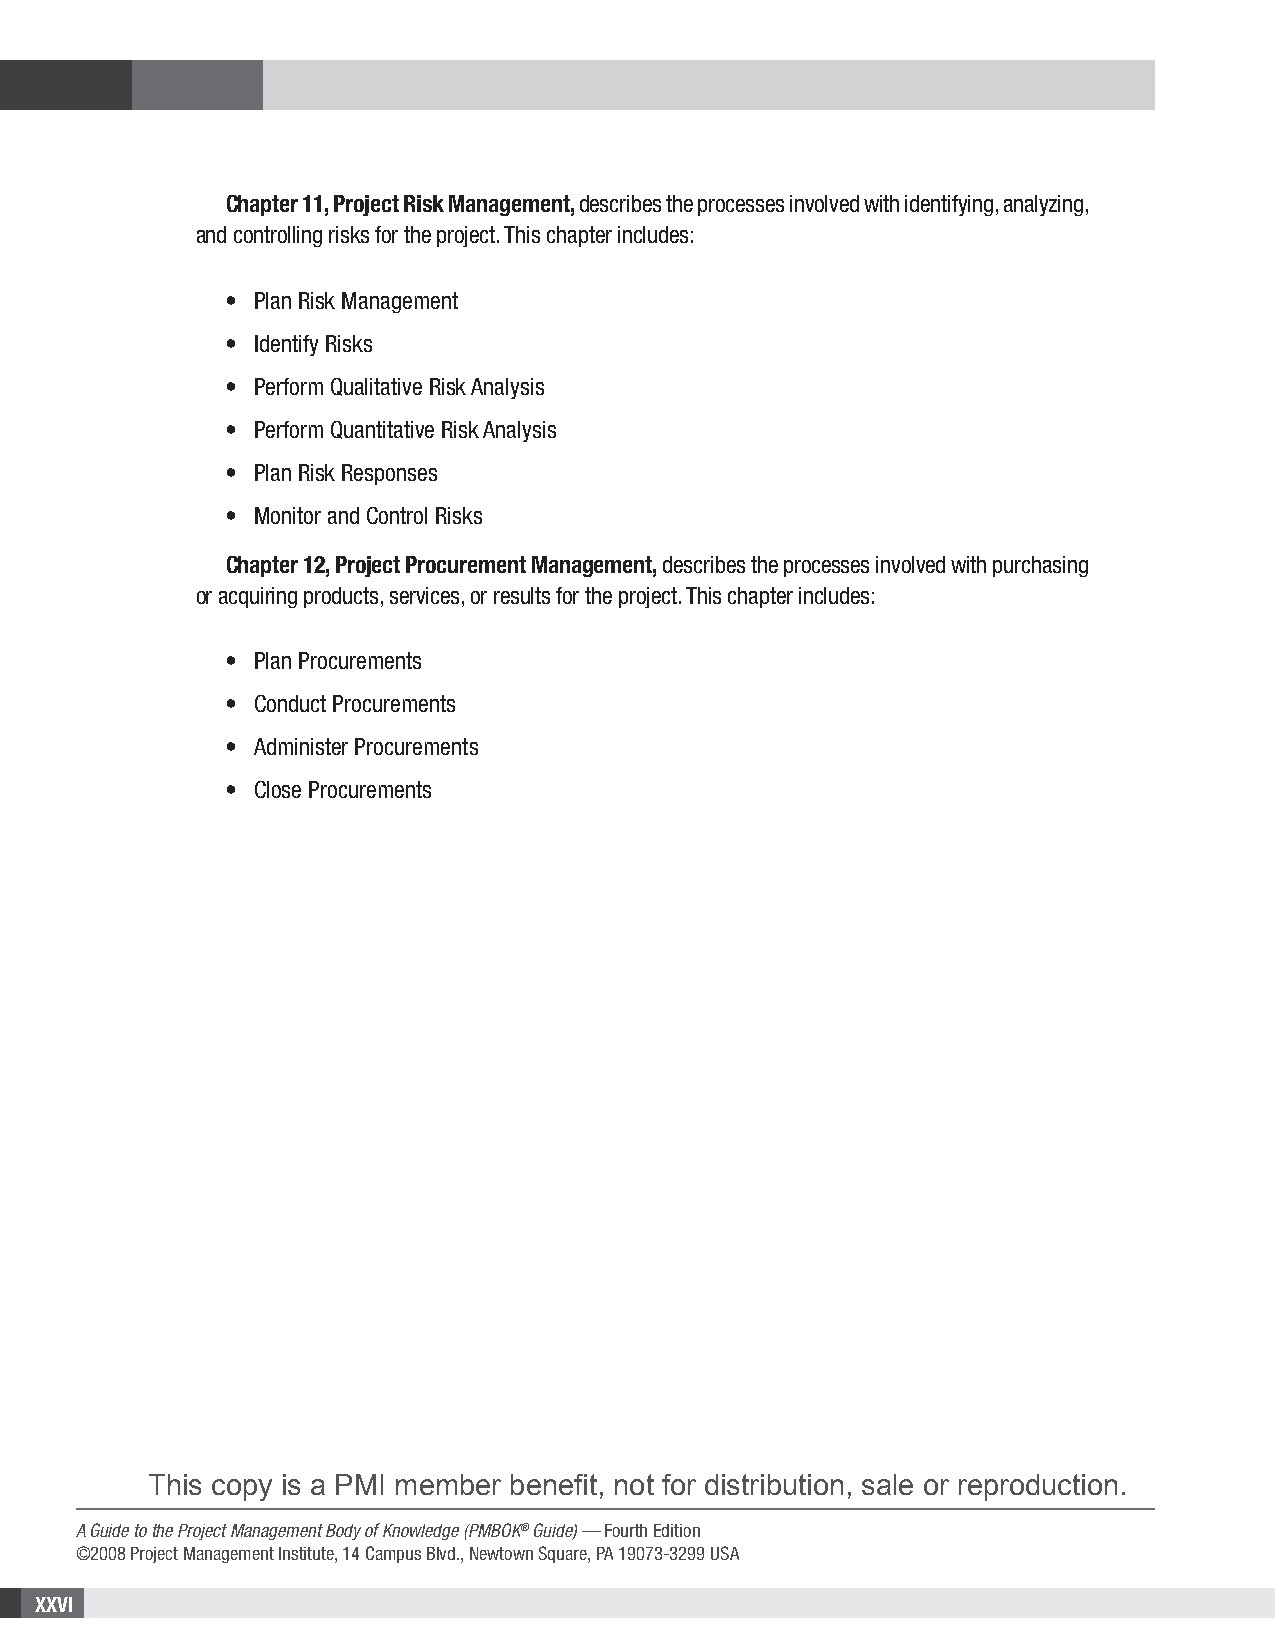
Chapter 11, Project Risk Management, describes the processes involved with identifying, analyzing,
 and controlling risks for the project. This chapter includes:
 • Plan Risk Management
 • Identify Risks
 • Perform Qualitative Risk Analysis
 • Perform Quantitative Risk Analysis
 • Plan Risk Responses
 • Monitor and Control Risks
 Chapter 12, Project Procurement Management, describes the processes involved with purchasing
 or acquiring products, services, or results for the project. This chapter includes:
 • Plan Procurements
 • Conduct Procurements
 • Administer Procurements
 • Close Procurements
 This copy is a PMI member benefit, not for distribution, sale or reproduction.
 A Guide to the Project Management Body of Knowledge (PMBOK® Guide) — Fourth Edition
 ©2008 Project Management Institute, 14 Campus Blvd., Newtown Square, PA 19073-3299 USA
 XXVI